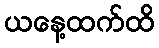
ယနေ့ထက်ထိ